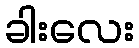
ခါးလေး